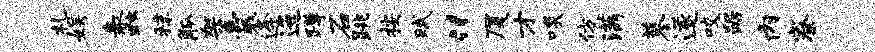
札娱蠡秣觚架囊逄迤蹲石跳按赋“厦才啖仿满蓼遂咬踞内寮